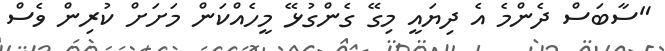
"ސާބަސް ދެންމެ އެ ދިޔައީ މިގޭ ގެންގުޅޭ މީހެއްކަން މަށަށް ކުރިން ވެސް